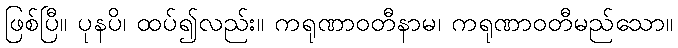
ဖြစ်ပြီ။ ပုနပိ၊ ထပ်၍လည်း။ ကရုဏာဝတီနာမ၊ ကရုဏာဝတီမည်သော။